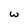
Character: w